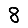
Digit: 8